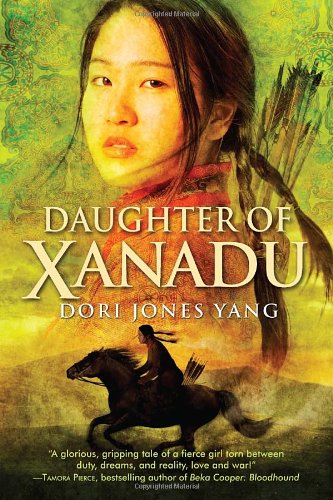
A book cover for Daughter of Xanadu; Dori Jones Yang; Teen & Young Adult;